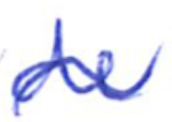
Text: de
Cross-out: wave
Writing tool: ballpoint